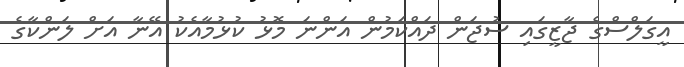
އީގަލްސްގެ ޖާޒީގައި ސުޖަން ދައްކަމުން އަންނަ މޮޅު ކުޅުމާއެކު އޭނާ އަށް ލަންކާގެ